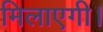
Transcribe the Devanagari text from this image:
मिलाएगी।